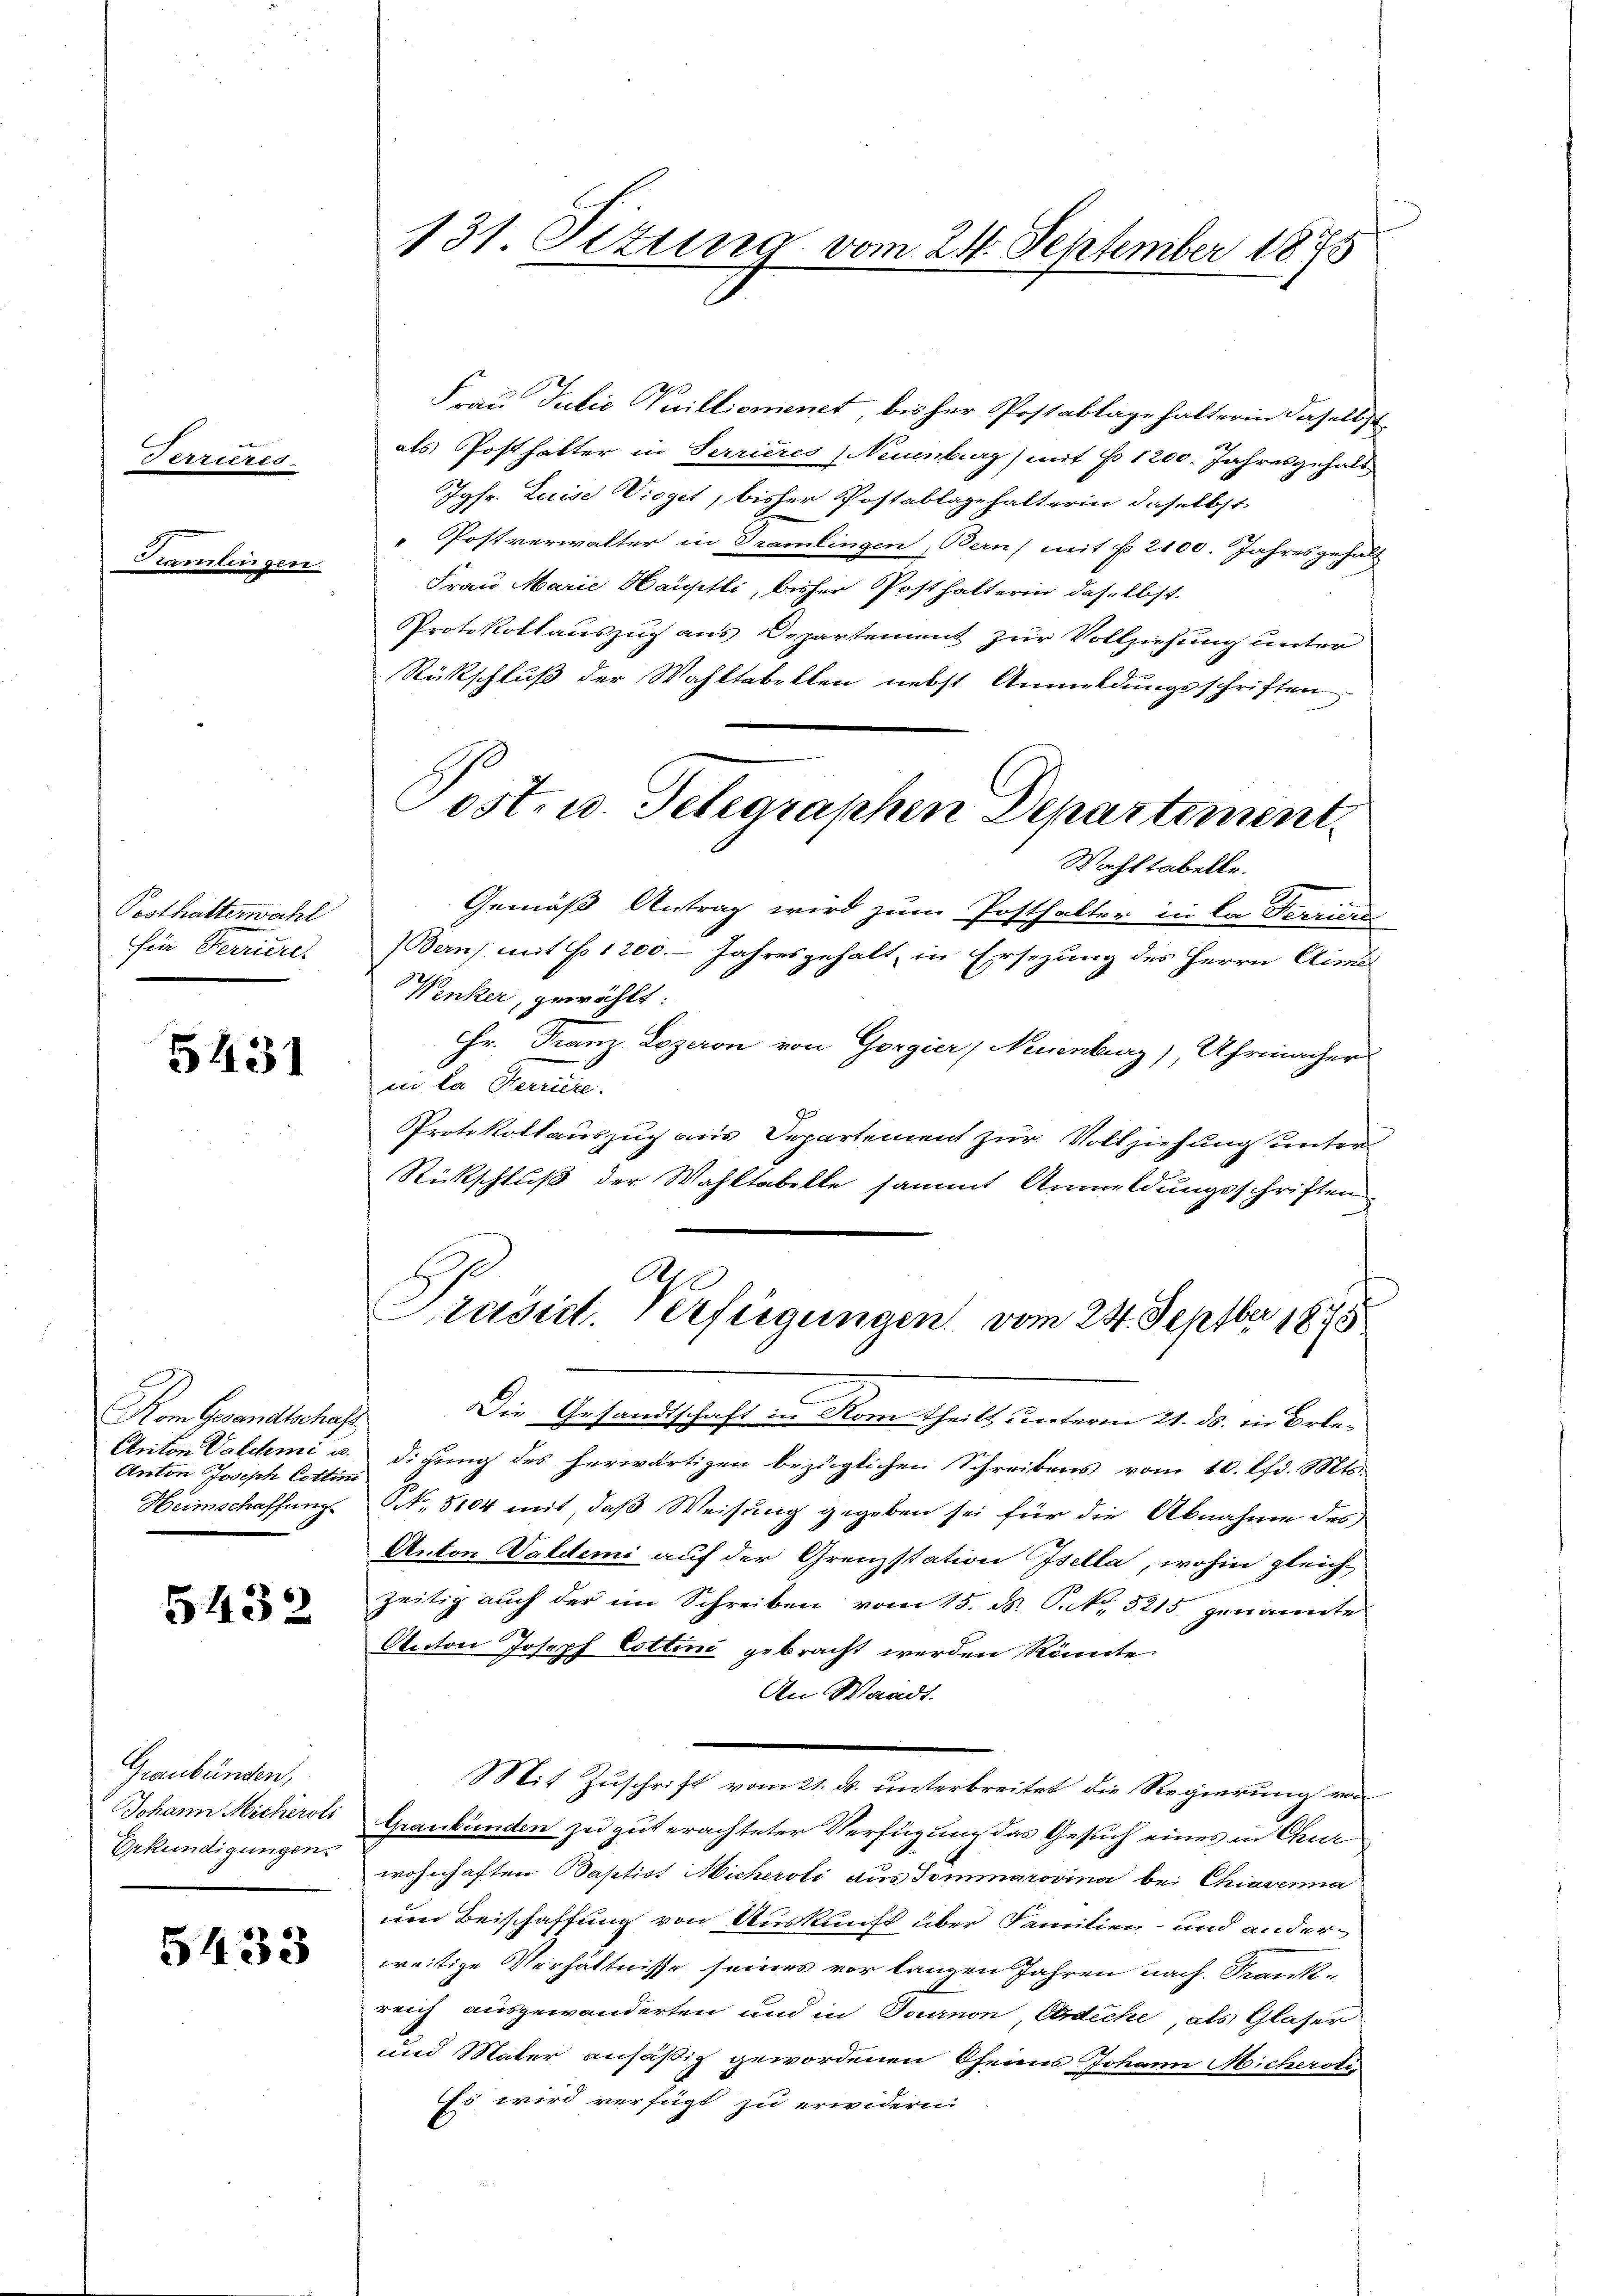
Ferrures

wungen.

Posthalterwahl
für Ferriere.

5431

Kom Gesandtschaf
Anton Valdemi u.
Anton Joseph Cottini
Heimschaffung

5432

Graubünden,
Johann Michéroli
Erkundigungen.

5433

131 Sitzung vom 24. September 1875

Frau Julio Vuillionenet, bisher Postablage halterin daselbst
als Posthalter in Terrieres, Neuenburg) mit No 1200. Jahresgehalt
Jgfr. Luise Wieget, bisher Postablagehalterin, daselbst
Postverwalter in Tramlingen, Bern) mit No. 2100. Jahresgehalt
Frau Marie Hauptli, bisher Posthalterin daselbst.
Protokollauszug aus Departement zur Vollziehung unter
Rückschluß der Wahltabellen nebst Anmeldungsschriften
Wahltabelle.
Gemäß Antrag wird zum Posthalter in la Ferriere
Bern, mit No 1200. Jahresgehalt, in Ersezung des Herrn Alime
Wenker, gewählt:
Hr. Franz Lozeron von Gorgier, Neuenburg), Uhrmacher
in la Paris.
Protokollauszug aus Departement zur Vollziehung unter
Rückschluß der Wahltabelle sammt Anmeldungsschriften
.
A
Präsid. Verfügungen vom 24. Septber 1875
Die Gesandtschaft in Rom Theilt unterm 21. ds. in Erledigung des herwärtigen bezüglichen Schreibens vom 10. lfd. Mts.
NNo. 5104 mit daß Weisung gegeben sei für die Abnahme des
Anton Valdemi auf der Grenzstation Isella, wohin gleich-
zeitig auch der im Schreiben vom 15. d. S. 5215 genannte
Otector Joseph Cottini gebracht werden könnte.
An Waadt.
Mit Zuschrift vom 21. ds. unterbreitet die Regierung von
Graubünden zu gut erachteter Verfügung das Gesuch eines in Chur
wohnhaften Baptist Michersti aus Sommarovina bei Chiavenna
um Beischaffung von Auskunft über Familien- und anderweitige Verhältnisse seines vor langen Jahren nach. Frankreich auszuwänderten und in Joanon Eideche, als Glaser
und Mater ansäßig gewordenen Oheims Johann Micherotis
Es wird verfügt zu erwidern.

ost. u. Telegraphen Departement